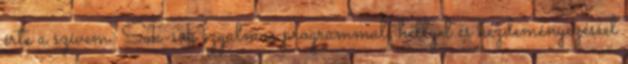
érte a szívem. Sok-sok izgalmas programmal, hellyel és kezdeményezéssel